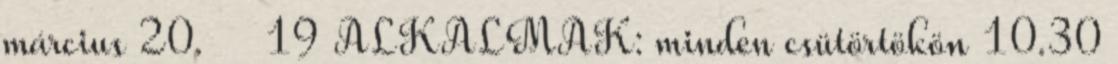
március 20. 19 ALKALMAK: minden csütörtökön 10.30